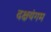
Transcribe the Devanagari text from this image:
दक्षयंगम